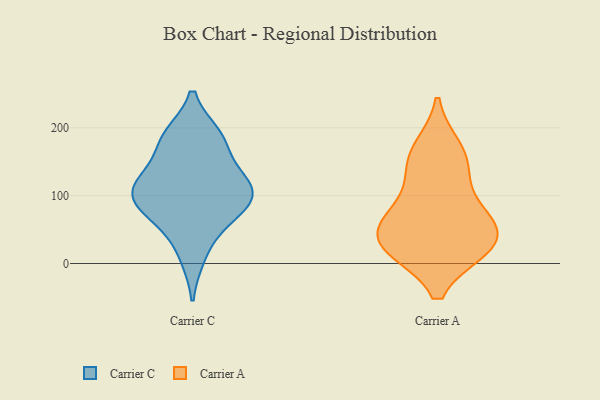
{"axis": {"x": "Gross Profit (USD K)", "y": "Value"}, "legend": ["Carrier A", "Carrier C"], "data": [{"x": "", "y": 92, "type": "Carrier C"}, {"x": "", "y": 112, "type": "Carrier C"}, {"x": "", "y": 180, "type": "Carrier C"}, {"x": "", "y": 59, "type": "Carrier C"}, {"x": "", "y": 183, "type": "Carrier C"}, {"x": "", "y": 87, "type": "Carrier C"}, {"x": "", "y": 187, "type": "Carrier C"}, {"x": "", "y": 125, "type": "Carrier C"}, {"x": "", "y": 117, "type": "Carrier C"}, {"x": "", "y": 12, "type": "Carrier C"}, {"x": "", "y": 79, "type": "Carrier C"}, {"x": "", "y": 117, "type": "Carrier C"}, {"x": "", "y": 65, "type": "Carrier A"}, {"x": "", "y": 75, "type": "Carrier A"}, {"x": "", "y": 169, "type": "Carrier A"}, {"x": "", "y": 30, "type": "Carrier A"}, {"x": "", "y": 62, "type": "Carrier A"}, {"x": "", "y": 24, "type": "Carrier A"}, {"x": "", "y": 154, "type": "Carrier A"}, {"x": "", "y": 130, "type": "Carrier A"}, {"x": "", "y": 23, "type": "Carrier A"}, {"x": "", "y": 23, "type": "Carrier A"}]}